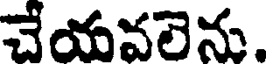
చేయవలెను.